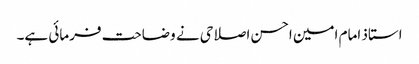
استاذ امام امین احسن اصلاحی نے وضاحت فرمائی ہے۔